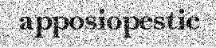
apposiopestic